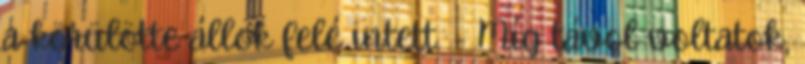
a körülötte állok felé intett. - Míg távol voltatok,